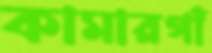
কামারগাঁ